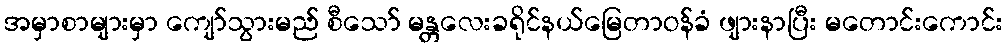
အမှာစာများမှာ ကျော်သွားမည် စီသော် မန္တလေးခရိုင်နယ်မြေတာဝန်ခံ ဖျားနာပြီး မတောင်းကောင်း